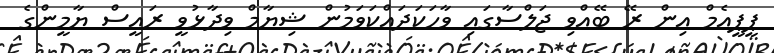
ޕީޕީއެމް އިން ރޭ ބޭއްވި ޖަލްސާގައި ވާހަކަދައްކަވަމުން ޝިޔާމް ވިދާޅުވީ ރައީސް ޔާމީންގެ